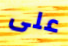
على